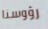
رؤوسنا